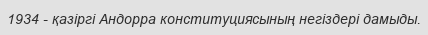
1934 - қазіргі Андорра конституциясының негіздері дамыды.